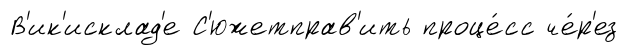
В'ик'исклад'е С'южетправ'ить проце́сс че́р'ез